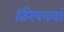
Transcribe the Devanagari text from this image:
तिरेपनवां